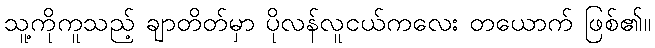
သူ့ကိုကူသည့် ချာတိတ်မှာ ပိုလန်လူငယ်ကလေး တယောက် ဖြစ်၏။